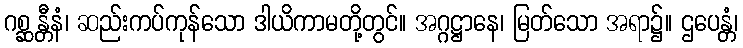
ဂစ္ဆန္တီနံ၊ ဆည်းကပ်ကုန်သော ဒါယိကာမတို့တွင်။ အဂ္ဂဋ္ဌာနေ၊ မြတ်သော အရာ၌။ ဌပေန္တံ၊